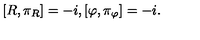
\left[ R , \pi _ { R } \right] = - i , \left[ \varphi , \pi _ { \varphi } \right] = - i .